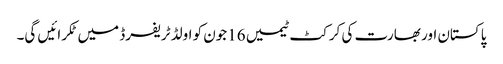
پاکستان اور بھارت کی کرکٹ ٹیمیں 16جون کو اولڈ ٹریفرڈ میں ٹکرائیں گی۔